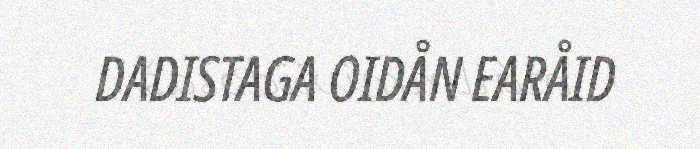
DADISTAGA OIDÅN EARÅID